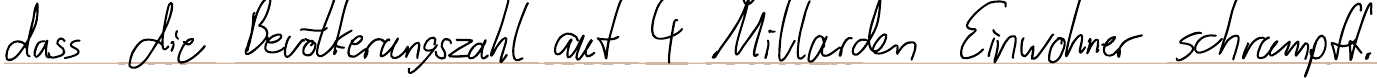
dass die Bevölkerungszahl auf 4 Milliarden Einwohner schrumpft.